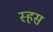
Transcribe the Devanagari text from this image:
स्हस